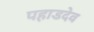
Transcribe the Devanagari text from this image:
पहाडदेव